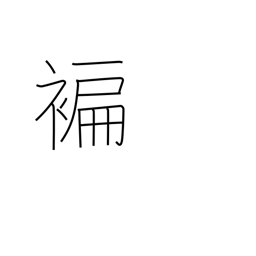
Meaning: narrow